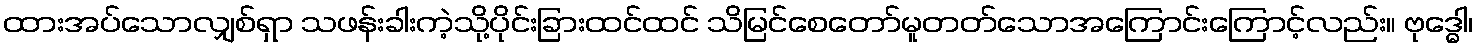
ထားအပ်သောလျှစ်ရှာ သဖန်းခါးကဲ့သို့ပိုင်းခြားထင်ထင် သိမြင်စေတော်မူတတ်သောအကြောင်းကြောင့်လည်း။ ဗုဒ္ဓေါ၊